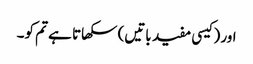
اور (کیسی مفید باتیں) سکھاتا ہے تم کو۔